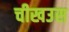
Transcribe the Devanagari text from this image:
चीखउस